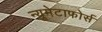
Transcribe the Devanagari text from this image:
न्यूमेटाफोर्स